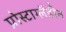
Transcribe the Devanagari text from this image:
प्रोस्टाग्लैडीन